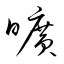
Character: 曠